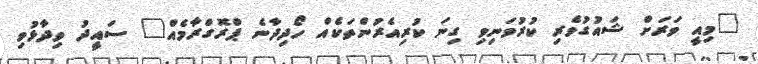
"މިއީ ވަރަށް ޝައުގުވެރި ކުރުވަނިވި ގިނަ ކުރިއެރުންތަކެއް ހޯދިދާނެ ޕްރޮގްރާމެއް" ސައީދު ވިދާޅުވި